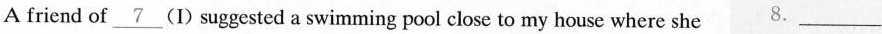
A friend of\underline{7} (I) suggested a swimming pool close to my house where she 8.___